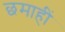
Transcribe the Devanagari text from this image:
छमाहीं